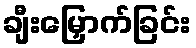
ချီးမြှောက်ခြင်း